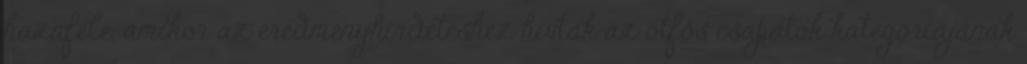
hazafelé, amikor az eredményhirdetéshez hívták az ötfős csapatok kategóriájának